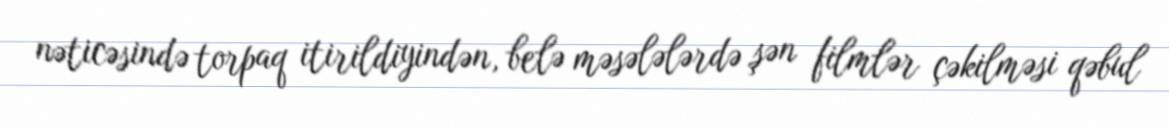
nəticəsində torpaq itirildiyindən, belə məsələlərdə şən filmlər çəkilməsi qəbul